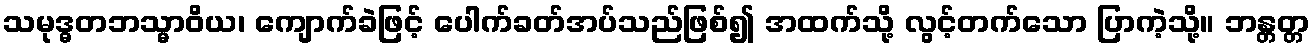
သမုဒ္ဓတဘသ္မာဝိယ၊ ကျောက်ခဲဖြင့် ပေါက်ခတ်အပ်သည်ဖြစ်၍ အထက်သို့ လွင့်တက်သော ပြာကဲ့သို့။ ဘန္တတ္တ